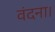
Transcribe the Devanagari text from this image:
वंदना।